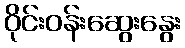
ဝိုင်းဝန်းဆွေးနွေး